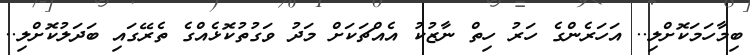
ބިމާހަމަކޮށްލި.. އަހަރެންގެ ހަރު ހިތް ނާޒުކު އެއްޗަކަށް މަދު ވަގުތުކޮޅެއްގެ ތެރޭގައި ބަދަލުކޮށްލި..